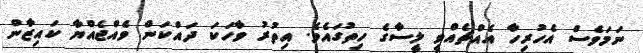
ނަމަވެސް އެހުރިހާ އެއްޗެއްވީ ލީސާގެ ހިތުގައެވެ. އިތުރު ވާހަކަ ދައްކަން ވެއްޖެއްޔާ ކައިޒާން